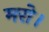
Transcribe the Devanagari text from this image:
मरो।